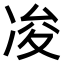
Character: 𠗕